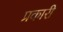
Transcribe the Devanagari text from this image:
प्रकारी